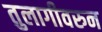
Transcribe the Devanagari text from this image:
तुलागीवरुन